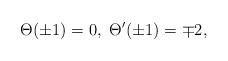
LaTeX: \begin{align*}\Theta(\pm 1)=0, \ \Theta'(\pm 1)= \mp 2, \end{align*}